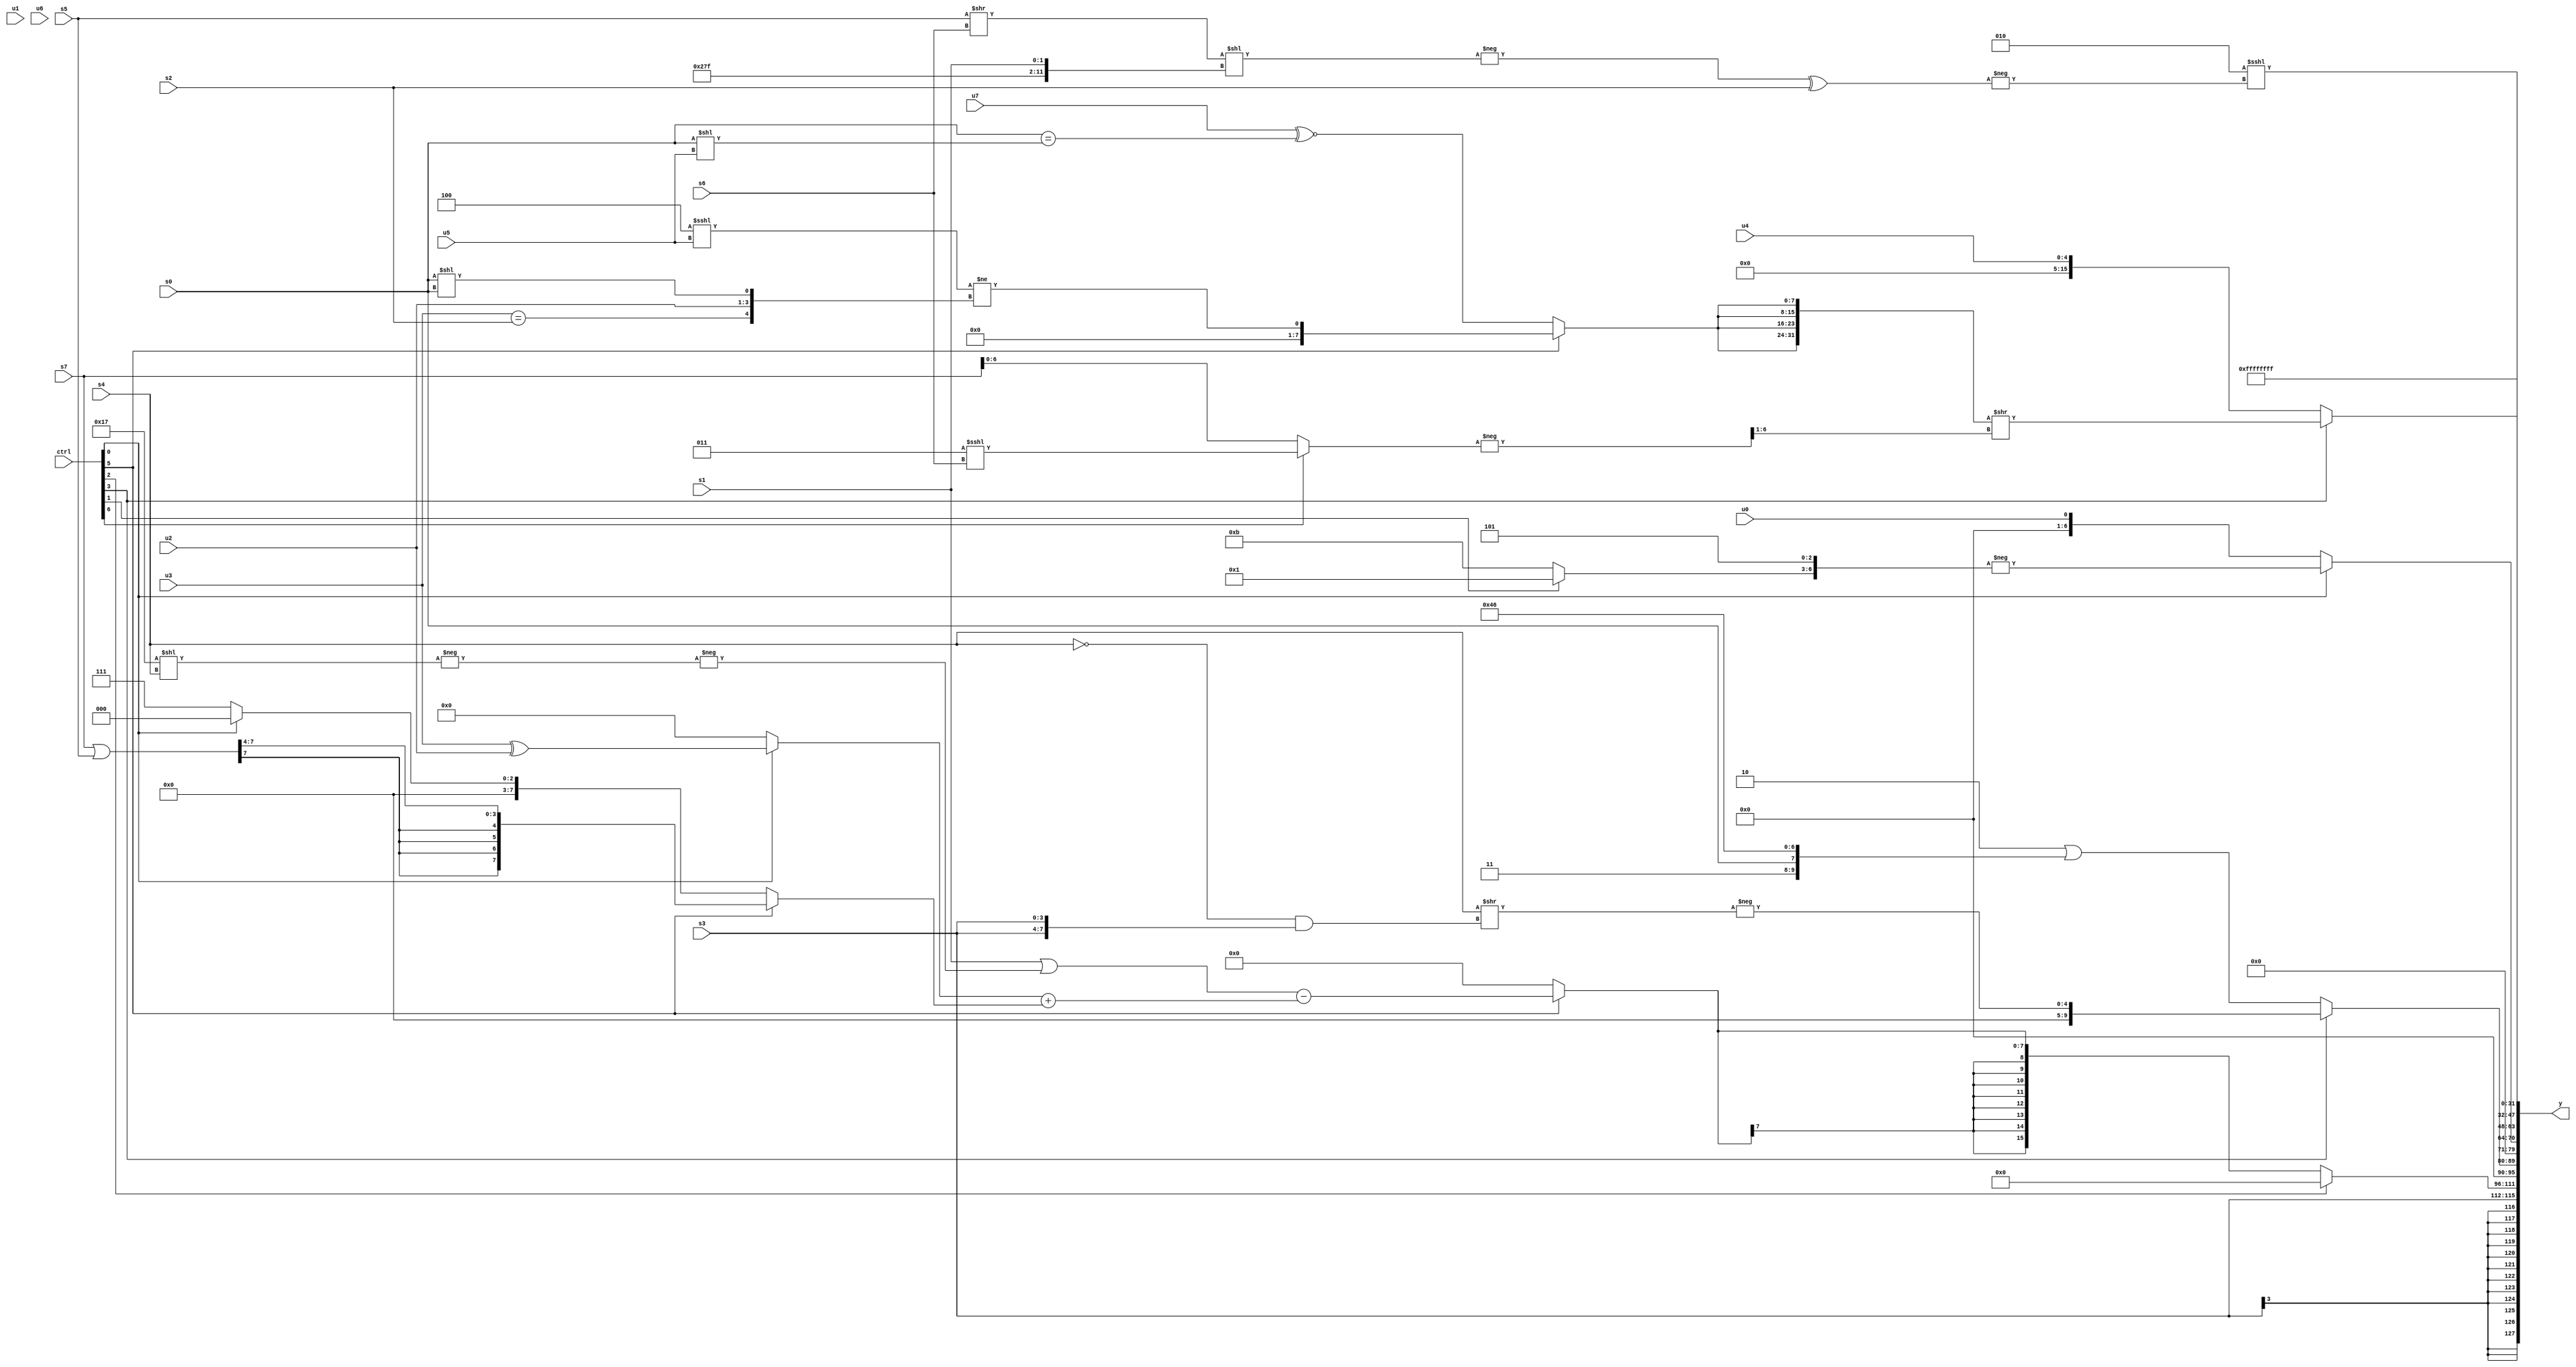
module wideexpr_00478(ctrl, u0, u1, u2, u3, u4, u5, u6, u7, s0, s1, s2, s3, s4, s5, s6, s7, y);
  input [7:0] ctrl;
  input [0:0] u0;
  input [1:0] u1;
  input [2:0] u2;
  input [3:0] u3;
  input [4:0] u4;
  input [5:0] u5;
  input [6:0] u6;
  input [7:0] u7;
  input signed [0:0] s0;
  input signed [1:0] s1;
  input signed [2:0] s2;
  input signed [3:0] s3;
  input signed [4:0] s4;
  input signed [5:0] s5;
  input signed [6:0] s6;
  input signed [7:0] s7;
  output [127:0] y;
  wire [15:0] y0;
  wire [15:0] y1;
  wire [15:0] y2;
  wire [15:0] y3;
  wire [15:0] y4;
  wire [15:0] y5;
  wire [15:0] y6;
  wire [15:0] y7;
  assign y = {y0,y1,y2,y3,y4,y5,y6,y7};
  assign y0 = $signed(s3);
  assign y1 = (ctrl[2]?4'sb0000:$signed((ctrl[5]?((s1)|(-(-((5'sb10111)<<(s4)))))-(($signed((ctrl[0]?(u3)^(u2):(s1)<<(5'b11000))))+((ctrl[5]?((s7)|(s5))>>>(~(3'sb011)):(ctrl[0]?-(3'sb000):(ctrl[5]?2'sb01:4'sb0111))))):$signed($signed(1'b0)))));
  assign y2 = (ctrl[3]?{1{-((s4)>>((~(s4))&({2{s3}})))}}:{$unsigned(($signed($signed(2'b10)))|(+({3'b011,s0,5'sb10001,2'sb10})))});
  assign y3 = (ctrl[0]?$unsigned(-($signed({(ctrl[1]?$signed(3'sb001):$signed(4'sb1011)),3'sb101}))):u0);
  assign y4 = (ctrl[3]?{3{({4{(ctrl[5]?({(3'sb100)<<<(u5)})!=({(u3)==(s2),(2'sb10)<<(4'sb1001),$unsigned(u2),(s0)<<(s0)}):(u7)^~(((s0)>>>(2'sb00))==((s0)<<(u5))))}})>>(((-((ctrl[6]?(3'sb011)<<<(s6):(s7)<<<(2'sb00))))<<(1'b1))>>(2'b10))}}:$signed(u4));
  assign y5 = (6'sb000010)<<<(-((-(((s5)>>(s6))<<({6'b100111,4'sb1111,s1})))^(s2)));
  assign y6 = $signed(|(2'sb11));
  assign y7 = 4'sb1111;
endmodule